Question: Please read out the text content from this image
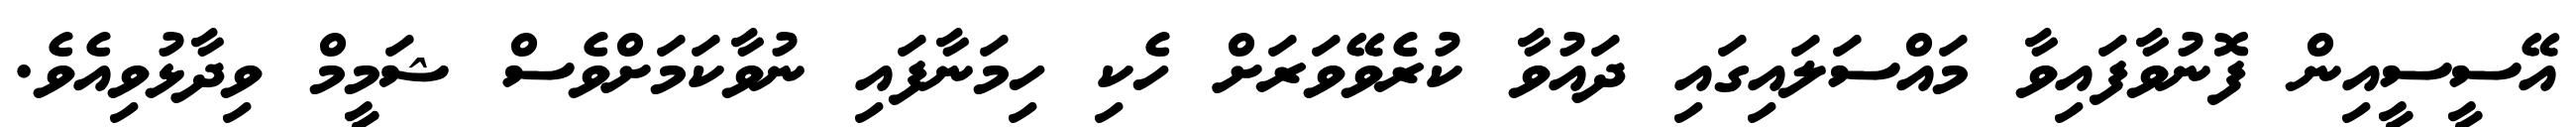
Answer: އޭސީސީއިން ފޮނުވާފައިވާ މައްސަލައިގައި ދައުވާ ކުރެވޭވަރަށް ހެކި ހިމަނާފައި ނުވާކަމަށްވެސް ޝަމީމް ވިދާޅުވިއެވެ.